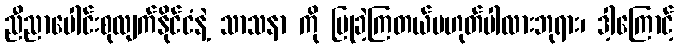
ညီညာပေါင်းစုလျက်နိုင်ငံနဲ့ သာသနာ ကို ပြုခဲ့ကြတယ်မဟုတ်ပါလားဘုရား၊ ဒါ့ကြောင့်